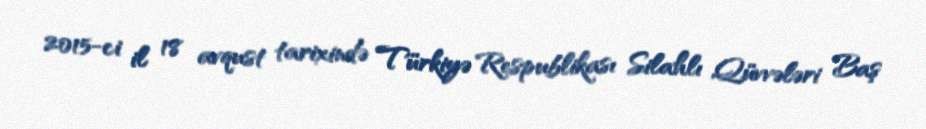
2015-ci il 18 avqust tarixində Türkiyə Respublikası Silahlı Qüvvələri Baş